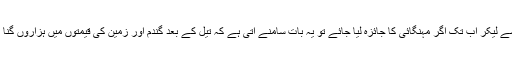
قیام پاکستان سے لیکر اب تک اگر مہنگائی کا جائزہ لیا جائے تو یہ بات سامنے آتی ہے کہ تیل کے بعد گندم اور زمین کی قیمتوں میں ہزاروں گنا اضافہ ہوا ہے۔